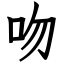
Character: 吻